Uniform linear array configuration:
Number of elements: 48
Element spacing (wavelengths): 0.25
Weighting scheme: hann
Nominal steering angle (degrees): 15
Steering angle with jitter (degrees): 14.735
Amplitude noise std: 0.05
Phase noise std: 0.05

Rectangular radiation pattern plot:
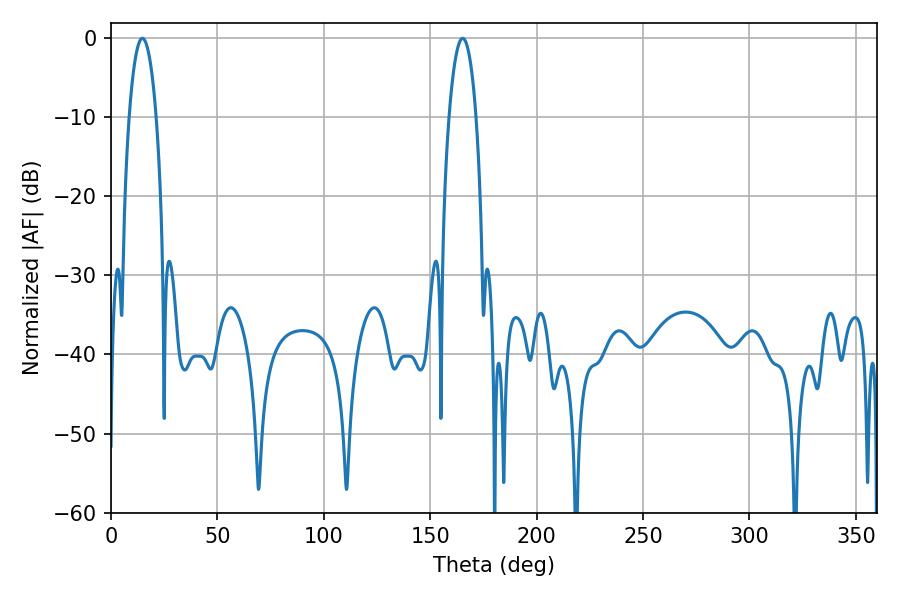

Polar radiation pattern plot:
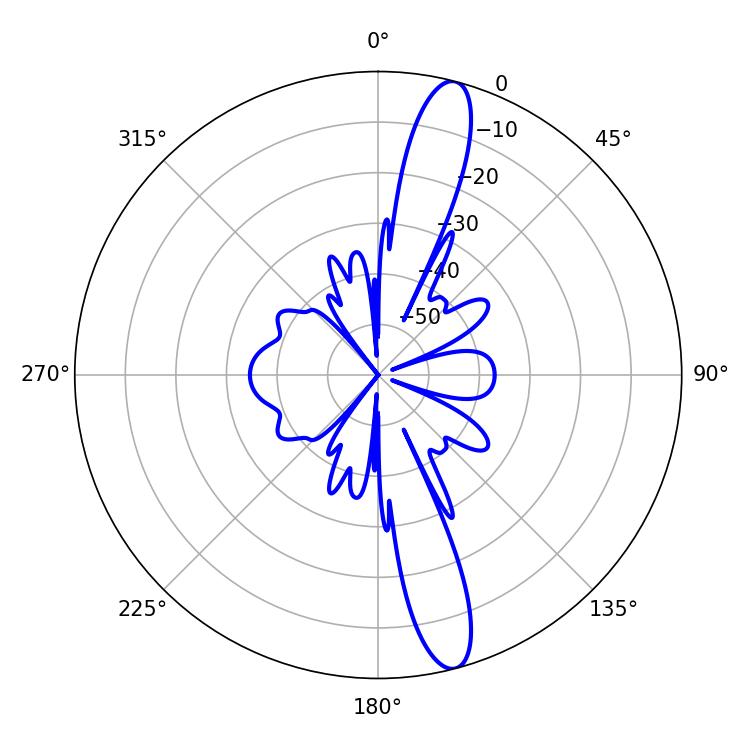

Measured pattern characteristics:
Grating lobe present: FALSE
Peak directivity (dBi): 14.714
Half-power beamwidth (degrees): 7.2
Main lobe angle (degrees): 14.76